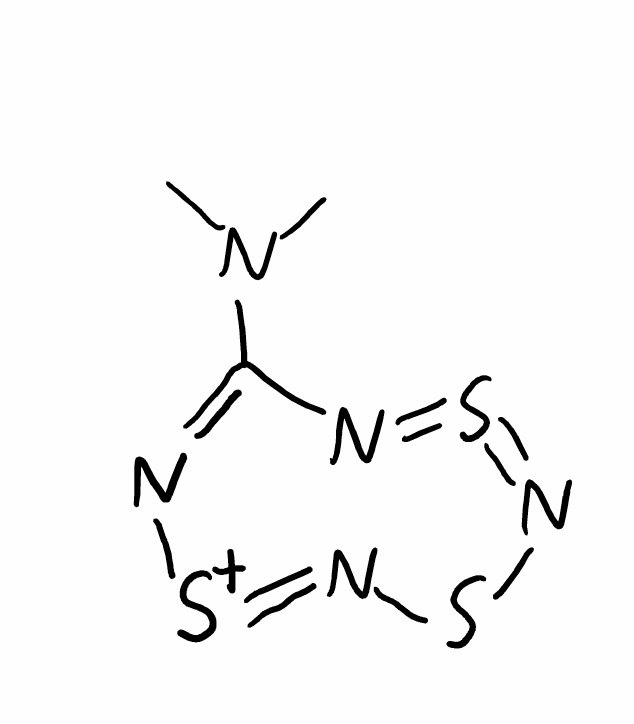
Simplified molecular-input line-entry system (SMILES) notation of the given molecule:
CN(C)C1=N[S+]=NSN=S=N1